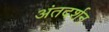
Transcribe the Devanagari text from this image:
अंतदर्शन